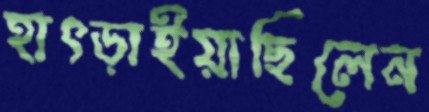
হাৎড়াইয়াছিলেন